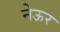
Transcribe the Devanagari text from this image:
नेऊर